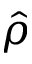
\hat { \rho }